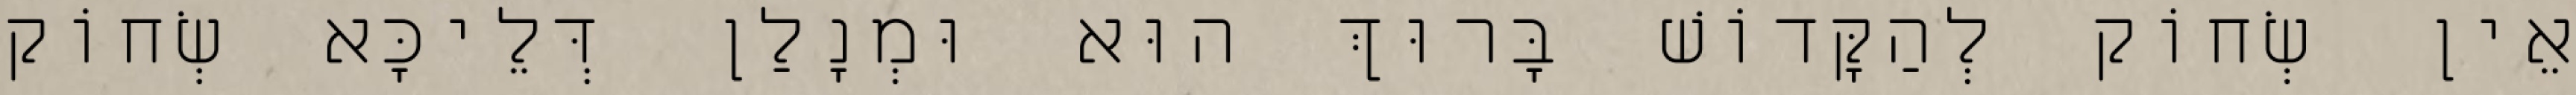
אֵין שְׂחוֹק לְהַקָּדוֹשׁ בָּרוּךְ הוּא וּמְנָלַן דְּלֵיכָּא שְׂחוֹק